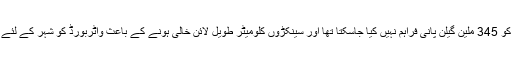
واضح رہے کہ بریک ڈاؤن کے باعث د ھا بیجی پمپنگ اسٹیشن سے کراچی کو 345 ملین گیلن پانی فراہم نہیں کیا جاسکتا تھا اور سینکڑوں کلومیٹر طویل لائن خالی ہونے کے باعث واٹربورڈ کو شہر کے لئے پانی کی فراہمی معمول پر لانے کے لیے 75 سے 90 گھنٹے درکار تھے۔